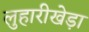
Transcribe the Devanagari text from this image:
लुहारीखेड़ा